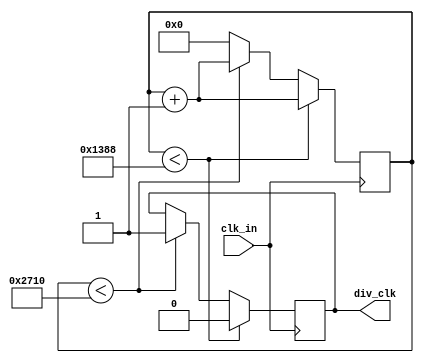
`timescale 1ns / 1ps
//////////////////////////////////////////////////////////////////////////////////
// Company:
// 
// Design Name:
// Module Name:    clkDiv10K
// Project Name:
// Target Devices:
// Tool versions:
// Description: See Below
//
// Dependencies:
//
// Revision:
// Revision 0.01 - File Created
// Additional Comments:
//
//////////////////////////////////////////////////////////////////////////////////
module clkDiv10K(
    input clk_in,
    output div_clk
    );

// This module divides down the input clock by 10000. That means
// if the input clock is the 100MHz Basys 3 system clock then the
// output clock is a 10KHz clock.

// If the input clock to this module is 10KHz then the output
// clock is a 1Hz clock

	reg clk_out;
	reg [13:0] div_count;

	always @ (posedge clk_in)
		if (div_count < 5000)
			begin
				div_count <= div_count + 1;
				clk_out <= 0;
			end
		else if (div_count < 10000)
			begin
				div_count <= div_count + 1;
				clk_out <= 1;
			end
		else begin
			div_count <= 0;
		end

	assign div_clk = clk_out;

endmodule